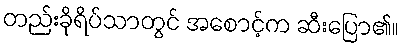
တည်းခိုရိပ်သာတွင် အစောင့်က ဆီးပြော၏။